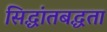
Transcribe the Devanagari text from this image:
सिद्धांतबद्धता